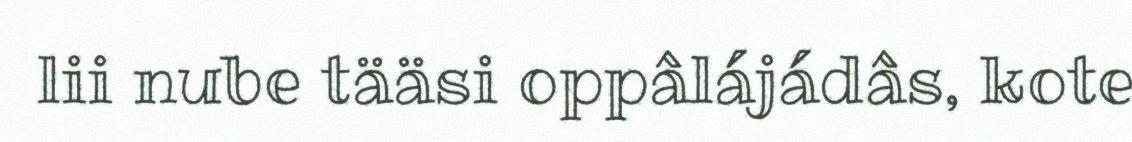
lii nube tääsi oppâlájádâs, kote